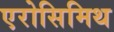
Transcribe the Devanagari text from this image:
एरोसिमिथ